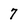
Character: 7